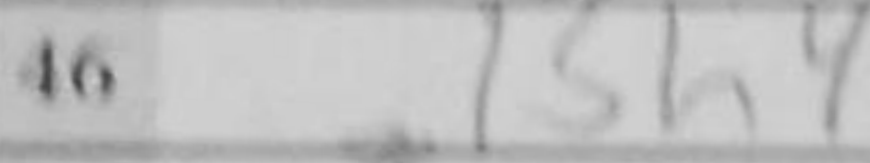
Transcription: Bh4